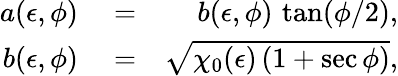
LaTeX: \begin{array}{rlr}{a(\epsilon,\phi)}&{{}=}&{b(\epsilon,\phi)\, \tan(\phi/2),}\\ {b(\epsilon,\phi)}&{{}=}&{\sqrt{\chi_{0}(\epsilon)\, (1+\sec\phi)},}\end{array}